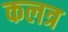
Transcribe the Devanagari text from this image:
कलत्र